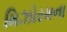
મિઝોરમના